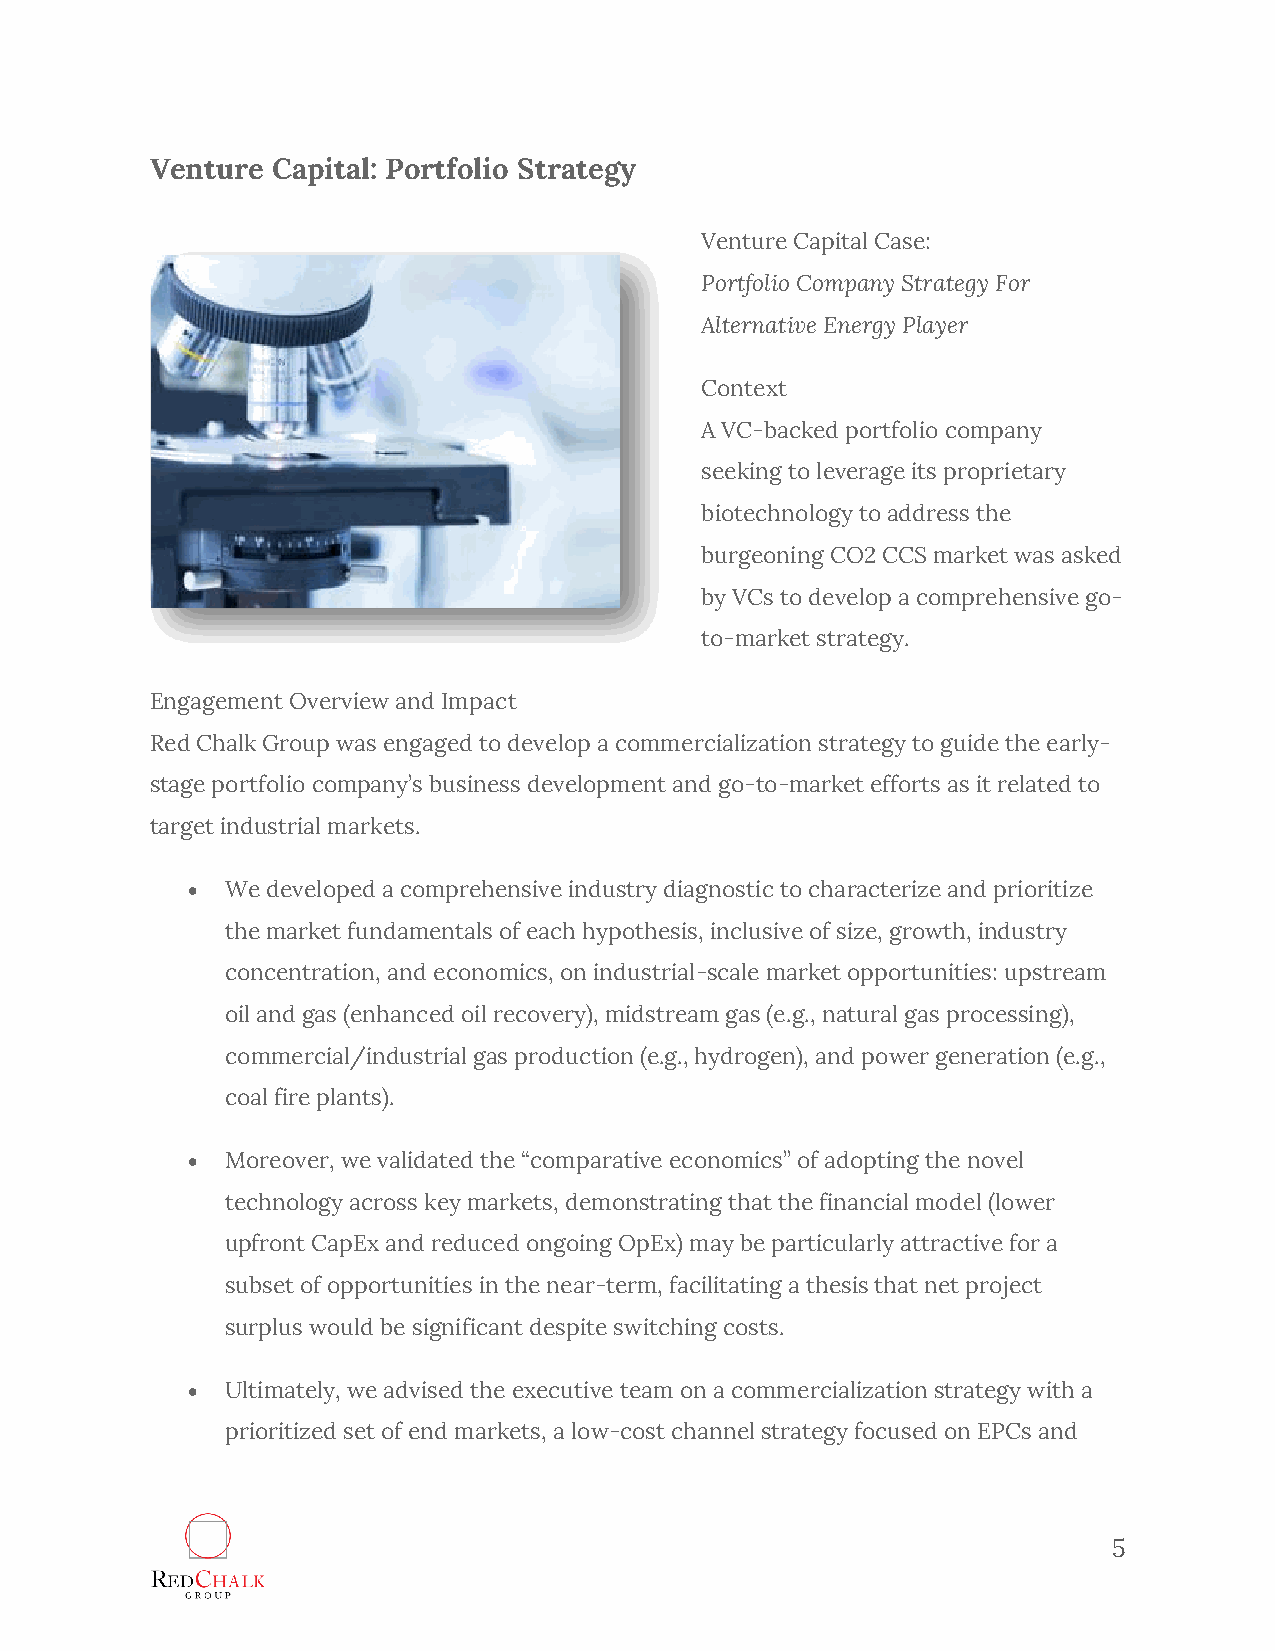
Venture Capital: Portfolio Strategy
 Venture Capital Case:
 Portfolio Company Strategy For
 Alternative Energy Player
 Context
 A VC-backed portfolio company
 seeking to leverage its proprietary
 biotechnology to address the
 burgeoning CO2 CCS market was asked
 by VCs to develop a comprehensive go-
 to-market strategy.
 Engagement Overview and Impact
 Red Chalk Group was engaged to develop a commercialization strategy to guide the early-
 stage portfolio company’s business development and go-to-market efforts as it related to
 target industrial markets.
   We developed a comprehensive industry diagnostic to characterize and prioritize
 the market fundamentals of each hypothesis, inclusive of size, growth, industry
 concentration, and economics, on industrial-scale market opportunities: upstream
 oil and gas (enhanced oil recovery), midstream gas (e.g., natural gas processing),
 commercial/industrial gas production (e.g., hydrogen), and power generation (e.g.,
 coal fire plants).
   Moreover, we validated the “comparative economics” of adopting the novel
 technology across key markets, demonstrating that the financial model (lower
 upfront CapEx and reduced ongoing OpEx) may be particularly attractive for a
 subset of opportunities in the near-term, facilitating a thesis that net project
 surplus would be significant despite switching costs.
   Ultimately, we advised the executive team on a commercialization strategy with a
 prioritized set of end markets, a low-cost channel strategy focused on EPCs and
 5